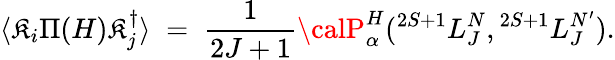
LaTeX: \langle{\cal\mathfrak{K}}_{i}\Pi(H){\cal\mathfrak{K}}_{j}^{\dagger}\rangle\; =\; {\frac{{1}}{{2J+1}}}{\calP}_{\alpha}^{H}({}^{2S+1}L_{J}^{N},{}^{2S+1}L_{J}^{N^{\prime}}).